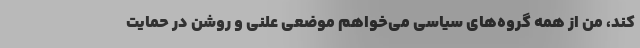
کند، من از همه گروه‌های سیاسی می‌خواهم موضعی علنی و روشن در حمایت